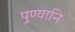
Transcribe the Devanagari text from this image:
पुण्यानि